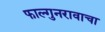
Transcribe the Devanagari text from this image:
फाल्गुनरावाचा